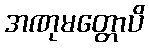
အဏုမတ္တောပိ